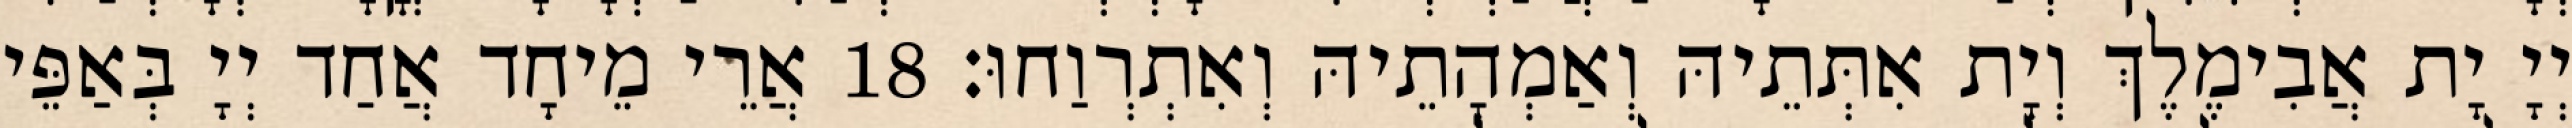
יְיָ יָת אֲבִימֶלֶךְ וְיָת אִתְּתֵיהּ וְאַמְהָתֵיהּ וְאִתְרְוַחוּ׃ 18 אֲרֵי מֵיחָד אֲחַד יְיָ בְּאַפֵּי